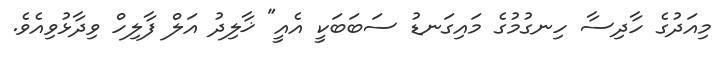
މިއަދުގެ ހާދިސާ ހިނގުމުގެ މައިގަނޑު ސަބަބަކީ އެއީ" ޚާލިދު އަލް ފާލިހް ވިދާޅުވިއެވެ.